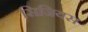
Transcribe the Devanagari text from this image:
सिजियस